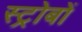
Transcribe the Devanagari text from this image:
स्ट्रोबों